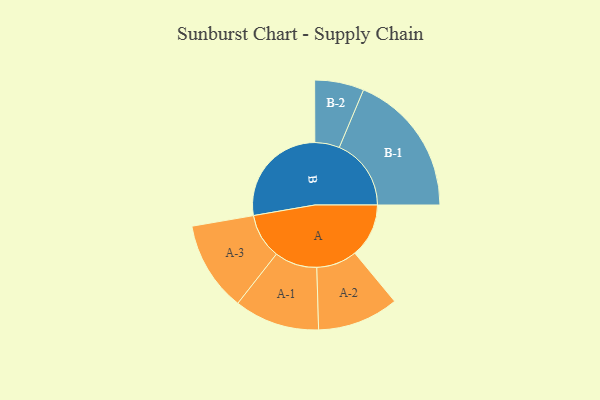
{"axis": {"x": "Segment", "y": "Value"}, "legend": ["", "A", "B"], "data": [{"x": "A", "y": 219, "type": ""}, {"x": "B", "y": 433, "type": ""}, {"x": "A-1", "y": 173, "type": "A"}, {"x": "A-2", "y": 165, "type": "A"}, {"x": "A-3", "y": 183, "type": "A"}, {"x": "B-1", "y": 292, "type": "B"}, {"x": "B-2", "y": 100, "type": "B"}]}